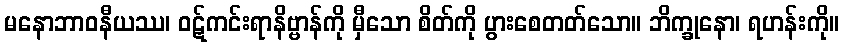
မနောဘာဝနီယဿ၊ ဝဋ်ကင်းရာနိဗ္ဗာန်ကို မှီသော စိတ်ကို ပွားစေတတ်သော။ ဘိက္ခုနော၊ ရဟန်းကို။